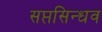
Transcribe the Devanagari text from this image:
सप्तसिन्धव